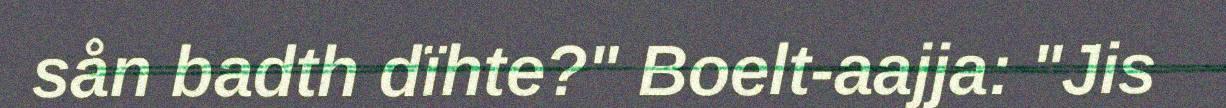
sån badth dïhte?" Boelt-aajja: "Jis